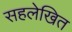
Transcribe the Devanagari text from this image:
सहलेखित